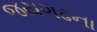
જયગઢના